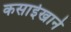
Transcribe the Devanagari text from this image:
कसाईखाने